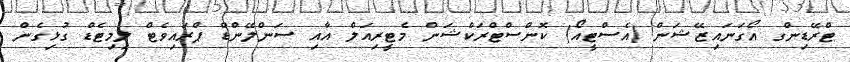
ޓްރޭޑިންގ އޯގަނައިޒޭޝަން (އެސްޓީއޯ) ކޮންސްޓްރަކްޝަން މެޓީރިއަލް އާއި ސަންލޭންޑް ޕްރައިވެޓް ލިމިޓެޑް ގުޅިގެން